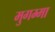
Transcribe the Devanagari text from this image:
मुगम्मा